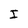
Character: I